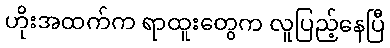
ဟိုးအထက်က ရာထူးတွေက လူပြည့်နေပြီ